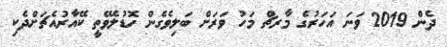
ދެން 2019 ވަނަ އަހަރުގެ މާރޗް މަހު ވަރަށް ބަލިވެގެން ހޮޑުލެވޭތީ ކޭއާރުއެޗަށްދެކި